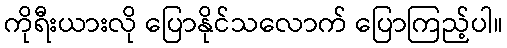
ကိုရီးယားလို ပြောနိုင်သလောက် ပြောကြည့်ပါ။